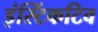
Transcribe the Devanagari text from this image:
इंस्टिंकटिव